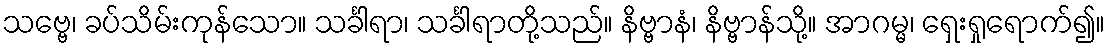
သဗ္ဗေ၊ ခပ်သိမ်းကုန်သော။ သင်္ခါရာ၊ သင်္ခါရာတို့သည်။ နိဗ္ဗာနံ၊ နိဗ္ဗာန်သို့။ အာဂမ္မ၊ ရှေးရှုရောက်၍။